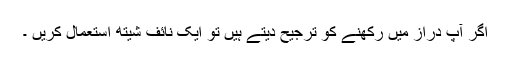
اگر آپ دراز میں رکھنے کو ترجیح دیتے ہیں تو ایک نائف شیتھ استعمال کریں ۔